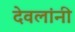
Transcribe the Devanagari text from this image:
देवलांनी